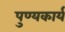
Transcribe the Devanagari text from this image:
पुण्यकार्य